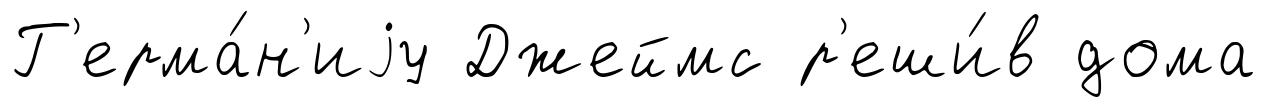
Г'ерма́н'иjу Джеймс р'еши́в дома